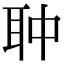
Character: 𦕏